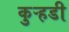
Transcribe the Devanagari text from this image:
कुऱ्हडी